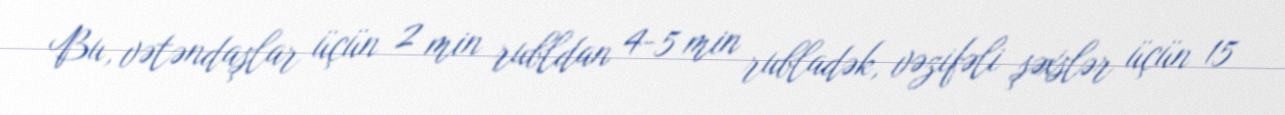
Bu, vətəndaşlar üçün 2 min rubldan 4-5 min rubladək, vəzifəli şəxslər üçün 15